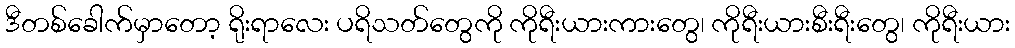
ဒီတစ်ခေါက်မှာတော့ ရိုးရာလေး ပရိသတ်တွေကို ကိုရီးယားကားတွေ၊ ကိုရီးယားစီးရီးတွေ၊ ကိုရီးယား